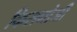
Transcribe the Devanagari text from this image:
किसनोजी